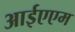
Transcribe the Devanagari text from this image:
आईएएम